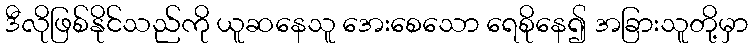
ဒီလိုဖြစ်နိုင်သည်ကို ယူဆနေသူ အေးစေသော ရေစိုနေ၍ အခြားသူတို့မှာ